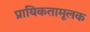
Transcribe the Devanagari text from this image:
प्रायिकतामूलक